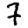
Digit: 7